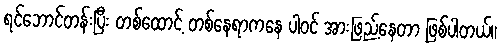
ရင်ဘောင်တန်းပြီး တစ်ထောင့် တစ်နေရာကနေ ပါဝင် အားဖြည့်နေတာ ဖြစ်ပါတယ်။